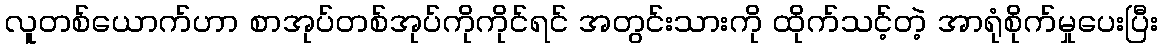
လူတစ်ယောက်ဟာ စာအုပ်တစ်အုပ်ကိုကိုင်ရင် အတွင်းသားကို ထိုက်သင့်တဲ့ အာရုံစိုက်မှုပေးပြီး